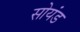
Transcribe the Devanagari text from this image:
सोयंड